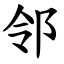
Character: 邻